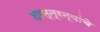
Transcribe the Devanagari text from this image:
शास्त्रन्यांचे